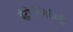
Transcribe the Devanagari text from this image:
इंट्रोपरेबिलिटी